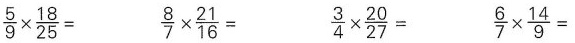
$$\frac { 5 } { 9 } \times \frac { 1 8 } { 2 5 } =$$ $$ \frac{ 8 } { 7 } \times \frac { 2 1 } { 1 6 } = $$ $$ \frac { 3 } { 4 } \times \frac { 2 0 } { 2 7 } =$$ $$ \frac { 6 } { 7 } \times \frac { 1 4 } { 9 } =$$